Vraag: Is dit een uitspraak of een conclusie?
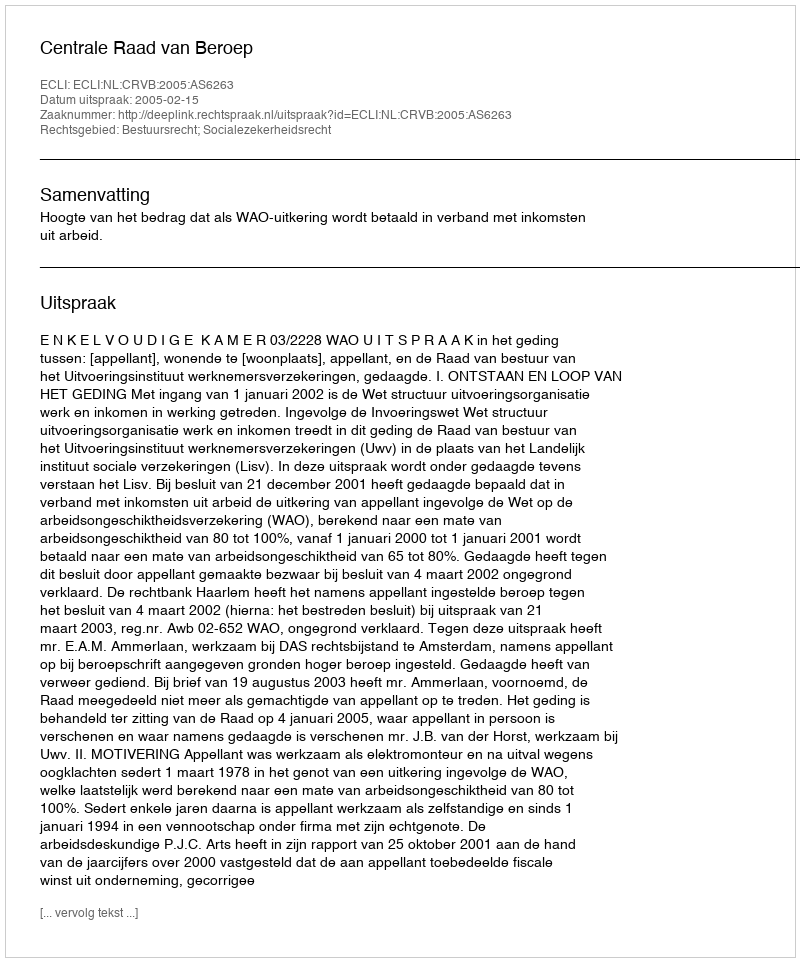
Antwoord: Uitspraak